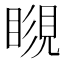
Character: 𥉨